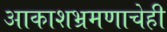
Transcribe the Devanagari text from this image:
आकाशभ्रमणाचेही